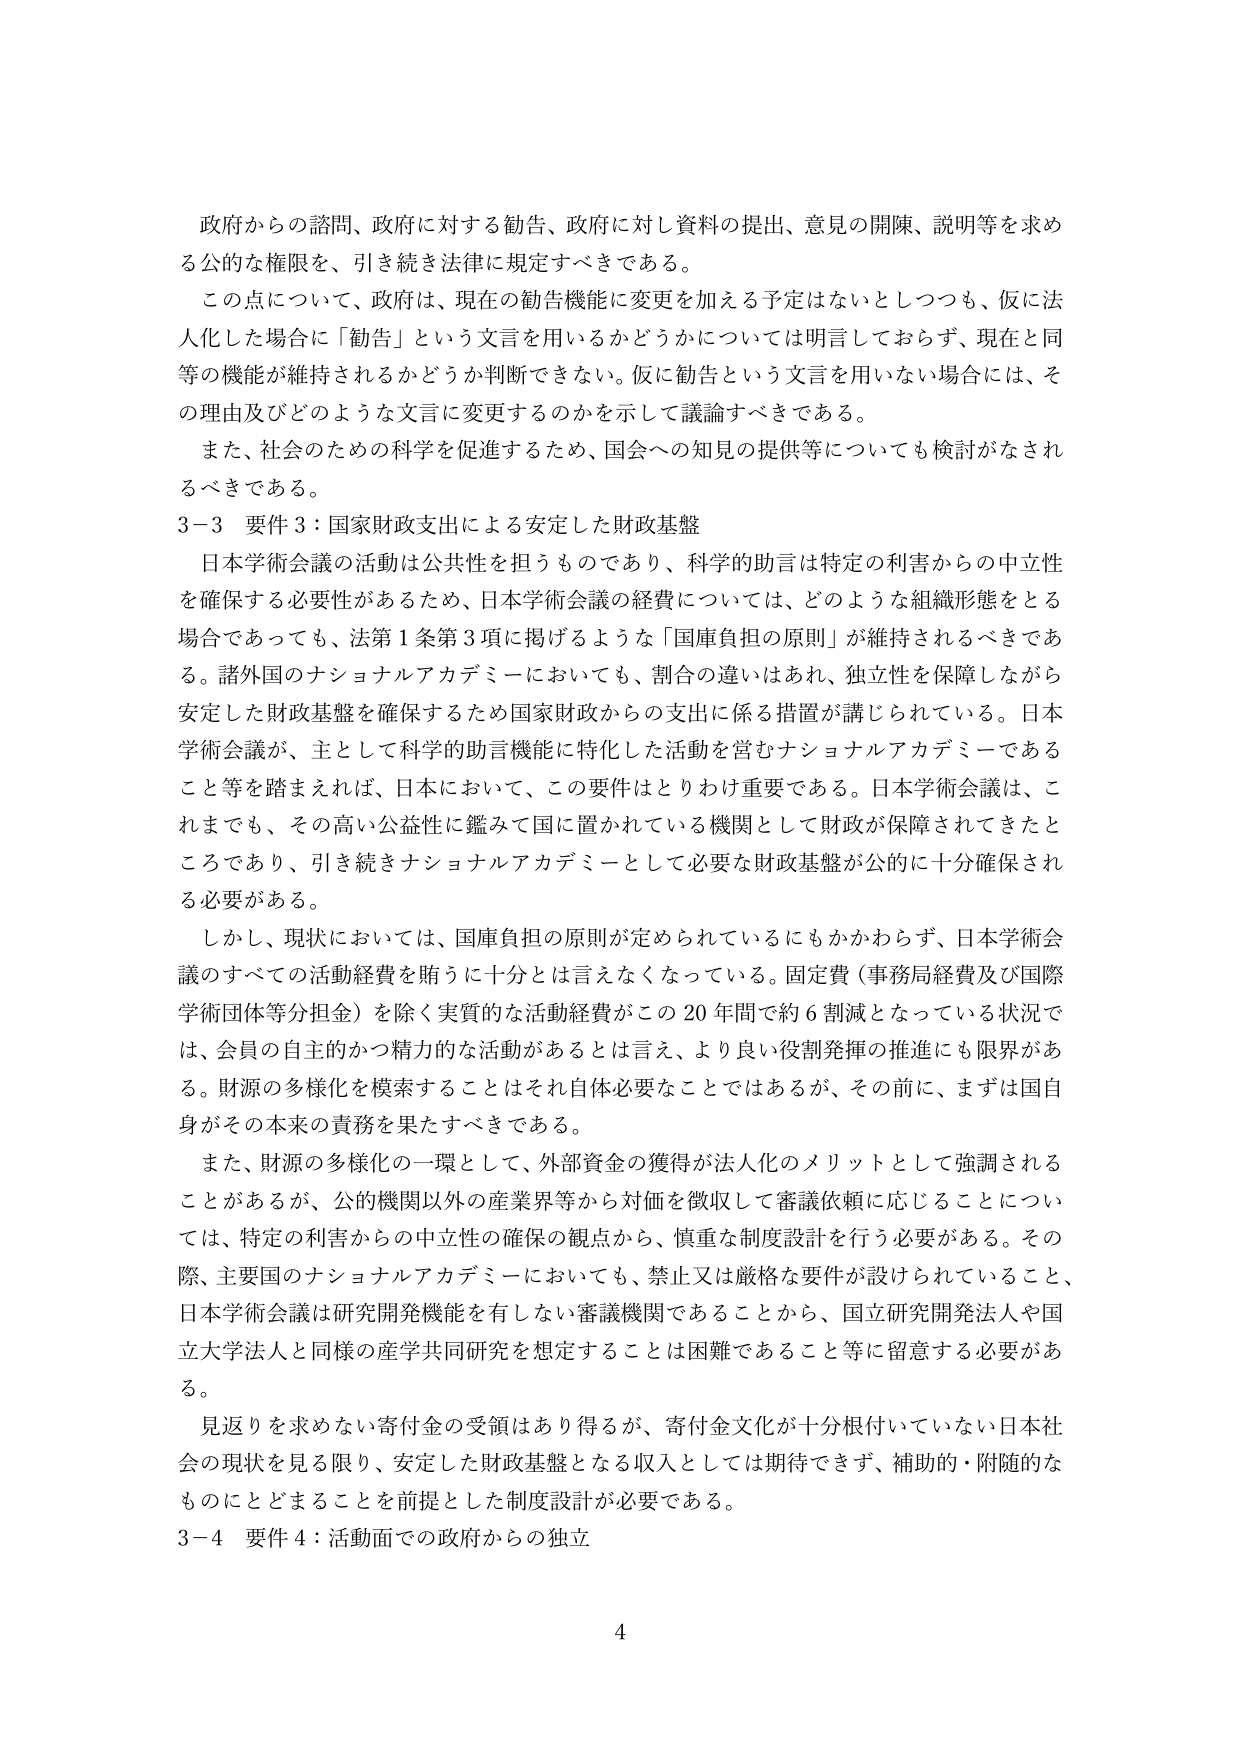
政府からの諮問、政府に対する勧告、政府に対し資料の提出、意見の開陳、説明等を求め
る公的な権限を、引き続き法律に規定すべきである。
この点について、政府は、現在の勧告機能に変更を加える予定はないとしつつも、仮に法
人化した場合に「勧告」という文言を用いるかどうかについては明言しておらず、現在と同
等の機能が維持されるかどうか判断できない。仮に勧告という文言を用いない場合には、そ
の理由及びどのような文言に変更するのかを示して議論すべきである。
また、社会のための科学を促進するため、国会への知見の提供等についても検討がなされ
るべきである。
3－3 要件3：国家財政支出による安定した財政基盤
日本学術会議の活動は公共性を担うものであり、科学的助言は特定の利害からの中立性
を確保する必要性があるため、日本学術会議の経費については、どのような組織形態をとる
場合であっても、法第1条第3項に掲げるような「国庫負担の原則」が維持されるべきであ
る。諸外国のナショナルアカデミーにおいても、割合の違いはあれ、独立性を保障しながら
安定した財政基盤を確保するため国家財政からの支出に係る措置が講じられている。日本
学術会議が、主として科学的助言機能に特化した活動を営むナショナルアカデミーである
こと等を踏まえれば、日本において、この要件はとりわけ重要である。日本学術会議は、こ
れまでも、その高い公益性に鑑みて国に置かれている機関として財政が保障されてきたと
ころであり、引き続きナショナルアカデミーとして必要な財政基盤が公的に十分確保され
る必要がある。
しかし、現状においては、国庫負担の原則が定められているにもかかわらず、日本学術会
議のすべての活動経費を賄うに十分とは言えなくなっている。固定費（事務局経費及び国際
学術団体等分担金）を除く実質的な活動経費がこの20年間で約6割減となっている状況で
は、会員の自主的かつ精力的な活動があるとは言え、より良い役割発揮の推進にも限界があ
る。財源の多様化を模索することはそれ自体必要なことではあるが、その前に、まずは国自
身がその本来の責務を果たすべきである。
また、財源の多様化の一環として、外部資金の獲得が法人化のメリットとして強調される
ことがあるが、公的機関以外の産業界等から対価を徴収して審議依頼に応じることについ
ては、特定の利害からの中立性の確保の観点から、慎重な制度設計を行う必要がある。その
際、主要国のナショナルアカデミーにおいても、禁止又は厳格な要件が設けられていること、
日本学術会議は研究開発機能を有しない審議機関であることから、国立研究開発法人や国
立大学法人と同様の産学共同研究を想定することは困難であること等に留意する必要があ
る。
見返りを求めない寄付金の受領はあり得るが、寄付金文化が十分根付いていない日本社
会の現状を見る限り、安定した財政基盤となる収入としては期待できず、補助的・附随的な
ものにとどまることを前提とした制度設計が必要である。
3－4 要件4：活動面での政府からの独立
4